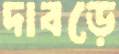
দাবড়ে